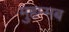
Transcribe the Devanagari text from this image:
मुहम्मब